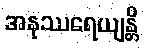
အနုဿရေယျန္တိ